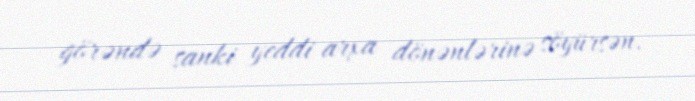
görəndə sanki yeddi arxa dönənlərinə söyürsən.